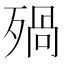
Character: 𣨱